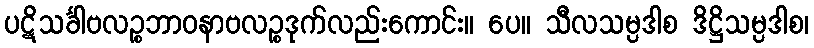
ပဋိသင်္ခါဗလဉ္စဘာဝနာဗလဉ္စဒုက်လည်းကောင်း။ ပေ။ သီလသမ္ပဒါစ ဒိဋ္ဌိသမ္ပဒါစ၊